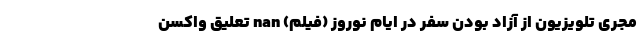
مجری تلویزیون از آزاد بودن سفر در ایام نوروز (فیلم) nan تعلیق واکسن